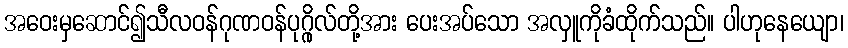
အဝေးမှဆောင်၍သီလဝန်ဂုဏဝန်ပုဂ္ဂိုလ်တို့အား ပေးအပ်သော အလှူကိုခံထိုက်သည်။ ပါဟုနေယျော၊